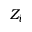
Z _ { i }